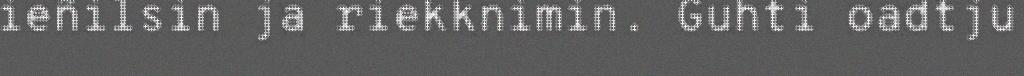
ieñilsin ja riekknimin. Guhti oadtju